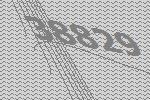
38829